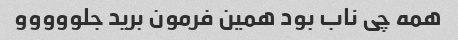
همه چی ناب بود همین فرمون برید جلووووو